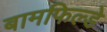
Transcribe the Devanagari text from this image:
बामफिल्डे